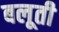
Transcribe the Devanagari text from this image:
बलूती